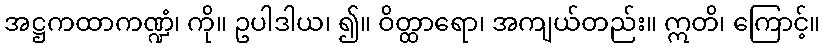
အဋ္ဌကထာကဏ္ဍံ၊ ကို။ ဥပါဒါယ၊ ၍။ ဝိတ္ထာရော၊ အကျယ်တည်း။ ဣတိ၊ ကြောင့်။